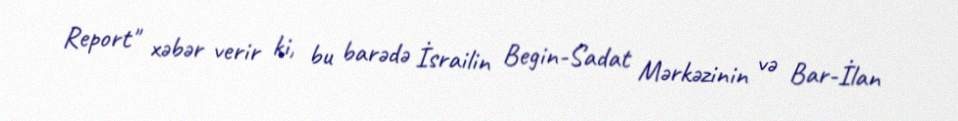
Report" xəbər verir ki, bu barədə İsrailin Begin-Sadat Mərkəzinin və Bar-İlan